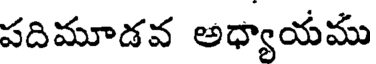
పదిమూడవ అధ్యాయము